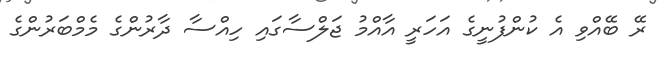
ރޭ ބޭއްވި އެ ކުންފުނީގެ އަހަރީ އާއްމު ޖަލްސާގައި ހިއްސާ ދާރުންގެ މެމްބަރުންގެ